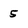
Character: 5